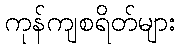
ကုန်ကျစရိတ်များ